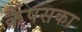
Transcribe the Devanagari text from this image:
कैंपसका